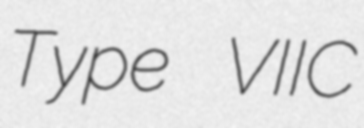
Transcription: Type VIIC